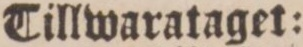
Tillwaratager: